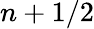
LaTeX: n+1/2